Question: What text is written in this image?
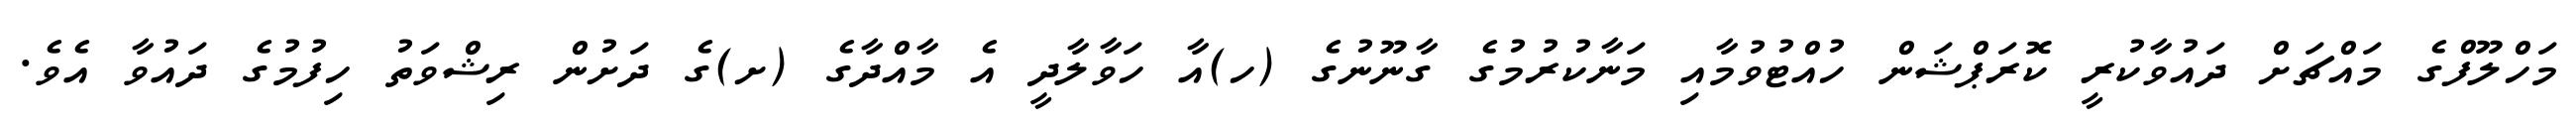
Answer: މަހްލޫފްގެ މައްޗަށް ދައުވާކުރީ ކޮރަޕްޝަން ހުއްޓުވުމާއި މަނާކުރުމުގެ ގާނޫނުގެ (ހ)އާ ހަވާލާދީ އެ މާއްދާގެ (ށ)ގެ ދަށުން ރިޝްވަތު ހިފުމުގެ ދައުވާ އެވެ.